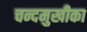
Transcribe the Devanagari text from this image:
चन्दमुखीका